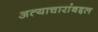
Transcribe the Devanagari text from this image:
अत्याचारांबद्दल